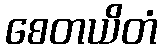
စေတယိတံ